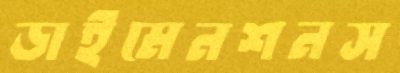
ডাইমেনশনস